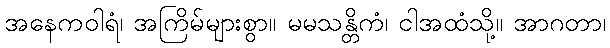
အနေကဝါရံ၊ အကြိမ်များစွာ။ မမသန္တိကံ၊ ငါအထံသို့။ အာဂတာ၊